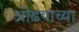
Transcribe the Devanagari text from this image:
ओढयाच्या